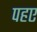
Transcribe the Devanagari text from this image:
पहए